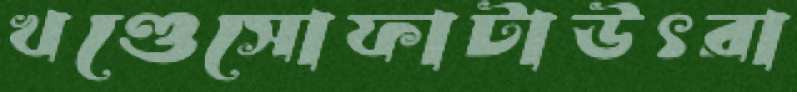
খণ্ডেসোফাটাউৎরা